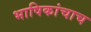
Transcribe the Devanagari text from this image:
भाषिकांचाच